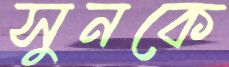
সুনকে